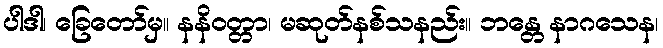
ပါဒါ၊ ခြေတော်မှ။ နနိဝတ္တာ၊ မဆုတ်နစ်သနည်း။ ဘန္တေ နာဂသေန၊